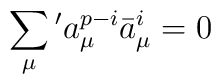
\sum_{\mu}{}'a_{\mu}^{p-i}\bar{a}_{\mu}^i=0